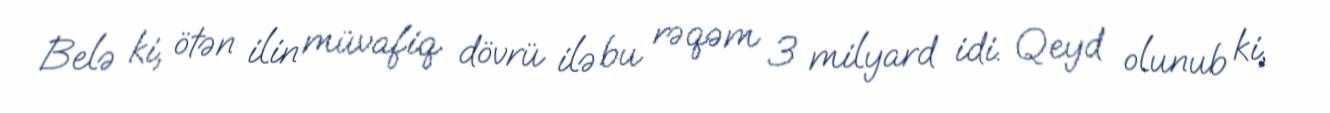
Belə ki, ötən ilin müvafiq dövrü ilə bu rəqəm 3 milyard idi. Qeyd olunub ki,